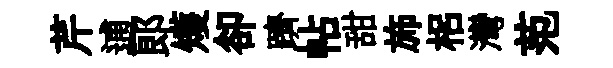
芹逋郞矱卻躋帖甜斾梠灣范